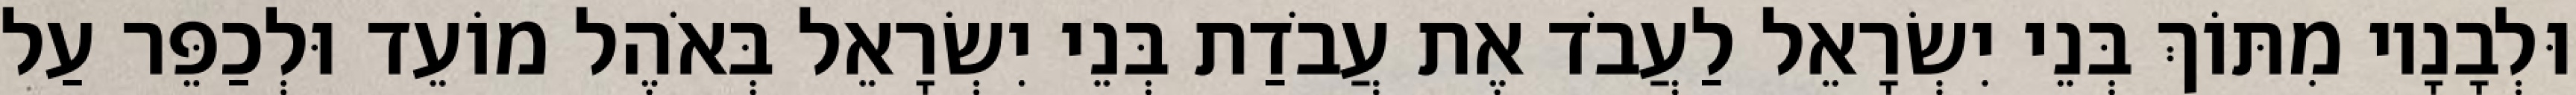
וּלְבָנָיו מִתּוֹךְ בְּנֵי יִשְׂרָאֵל לַעֲבֹד אֶת עֲבֹדַת בְּנֵי יִשְׂרָאֵל בְּאֹהֶל מוֹעֵד וּלְכַפֵּר עַל